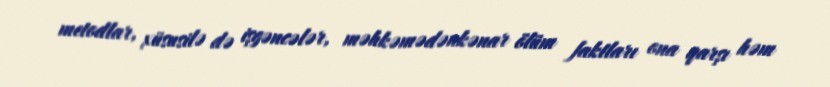
metodlar, xüsusilə də işgəncələr, məhkəmədənkənar ölüm faktları ona qarşı həm